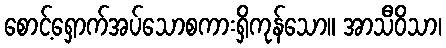
စောင့်ရှောက်အပ်သောစကားရှိကုန်သော။ အာသီဝိသာ၊